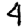
Digit: 4